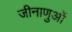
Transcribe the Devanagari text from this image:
जीनाणुओं